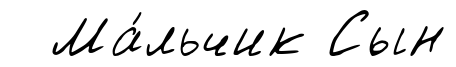
Ма́льчик Сын